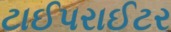
ટાઈપરાઈટર